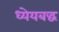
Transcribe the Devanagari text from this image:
ध्येयबद्ध